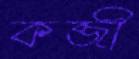
কব্জী